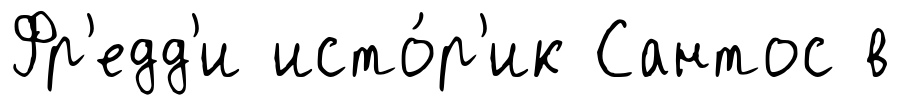
Фр'едд'и исто́р'ик Сантос в